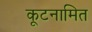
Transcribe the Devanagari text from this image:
कूटनामित